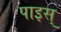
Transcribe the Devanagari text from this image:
पाइस्